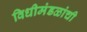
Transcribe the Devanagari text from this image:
विधीमंडळांची